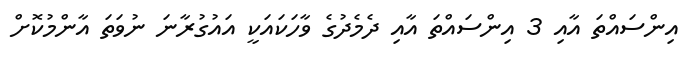
އިންސައްތަ އާއި 3 އިންސައްތަ އާއި ދެމެދުގެ ވާހަކައަކީ އައުގުރާނަ ނުވަތަ އާންމުކޮށް